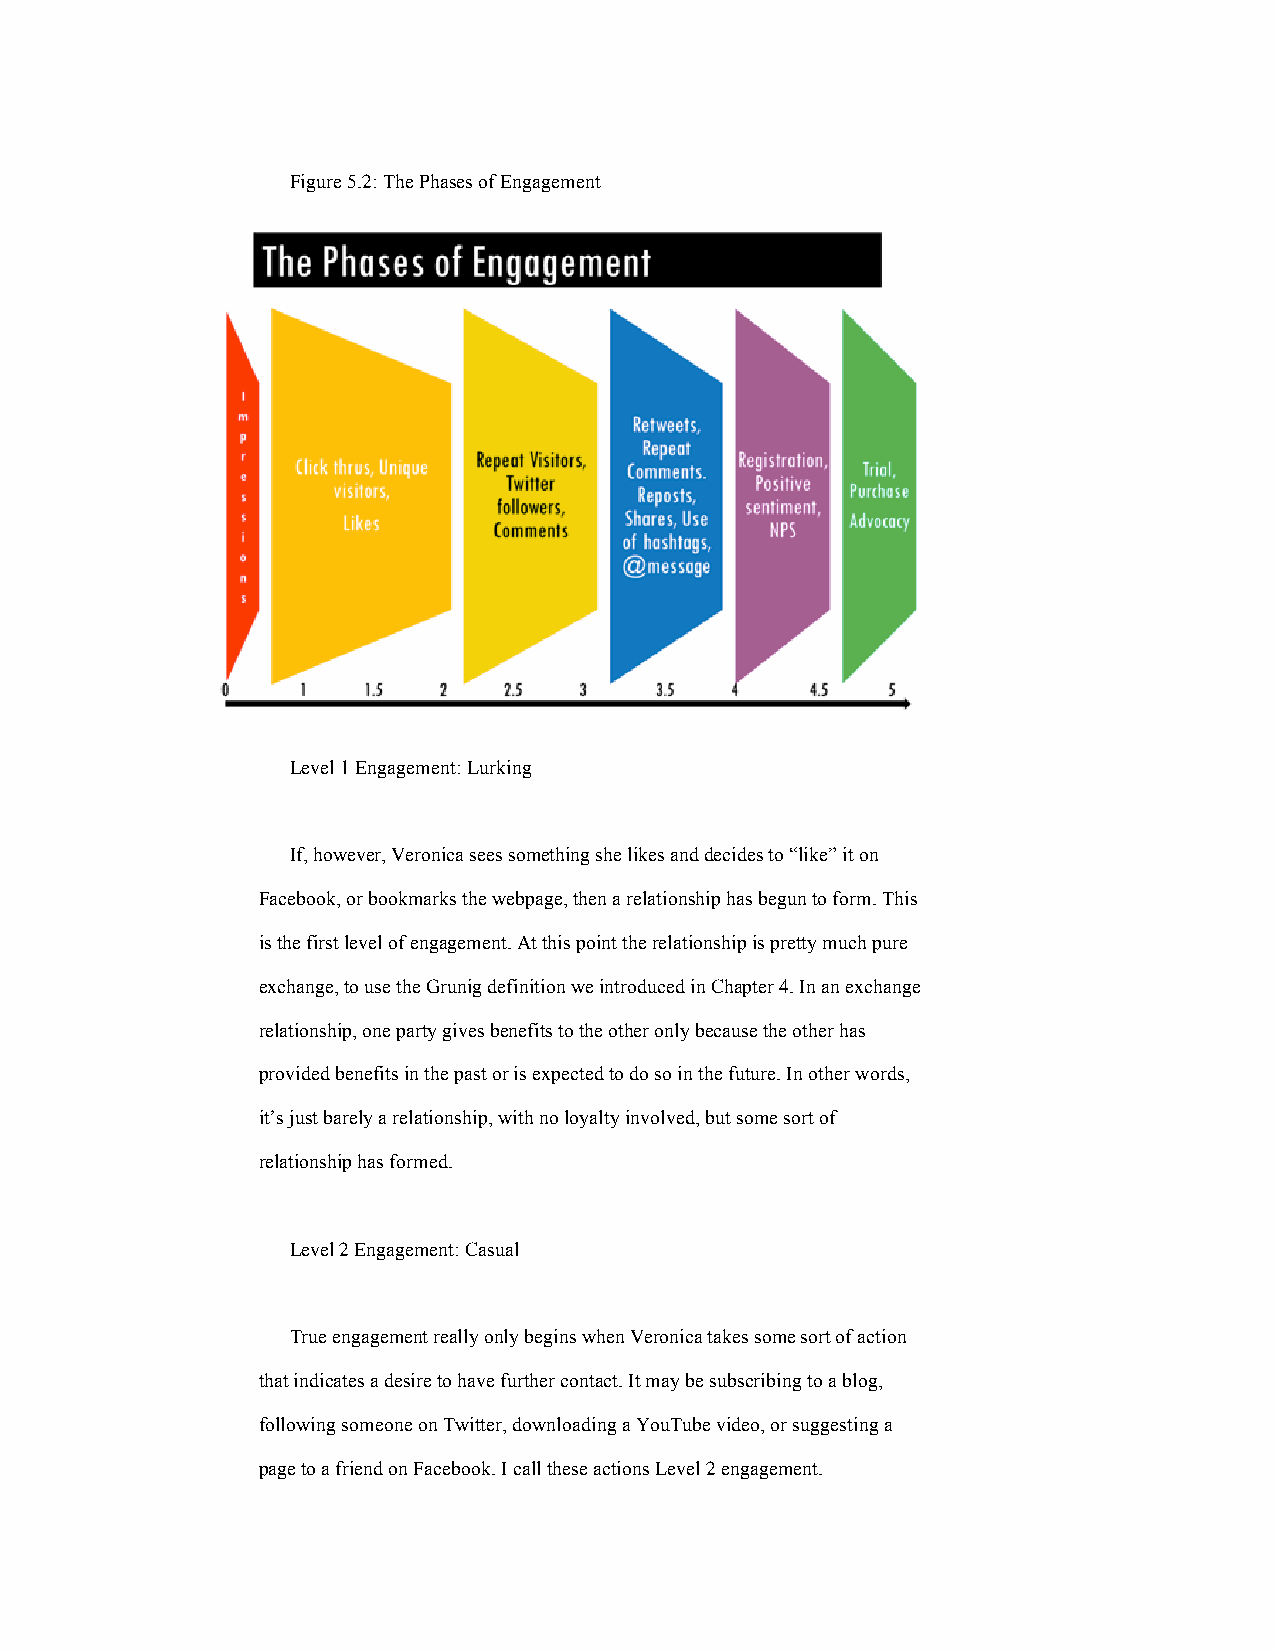
Figure 5.2: The Phases of Engagement
 Level 1 Engagement: Lurking
 If, however, Veronica sees something she likes and decides to “like” it on
 Facebook, or bookmarks the webpage, then a relationship has begun to form. This
 is the first level of engagement. At this point the relationship is pretty much pure
 exchange, to use the Grunig definition we introduced in Chapter 4. In an exchange
 relationship, one party gives benefits to the other only because the other has
 provided benefits in the past or is expected to do so in the future. In other words,
 it’s just barely a relationship, with no loyalty involved, but some sort of
 relationship has formed.
 Level 2 Engagement: Casual
 True engagement really only begins when Veronica takes some sort of action
 that indicates a desire to have further contact. It may be subscribing to a blog,
 following someone on Twitter, downloading a YouTube video, or suggesting a
 page to a friend on Facebook. I call these actions Level 2 engagement.